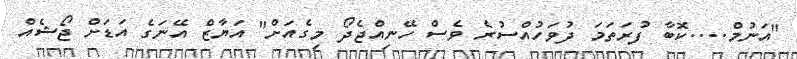
"އަނުމް....ކޮބާ ފުރަތަމަ ދުވަހުއްސުރެ ވެސް ހޭނިއްޖެދޯ މިގެއަށް" އަޔާޒް އޭނަގެ އަޑަށް ޖޯޝެއް